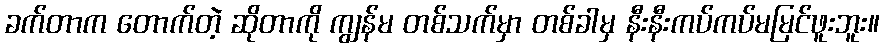
ခက်တာက တောက်တဲ့ ဆိုတာကို ကျွန်မ တစ်သက်မှာ တစ်ခါမှ နီးနီးကပ်ကပ်မမြင်ဖူးဘူး။